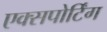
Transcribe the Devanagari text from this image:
एक्सपोर्टिंग